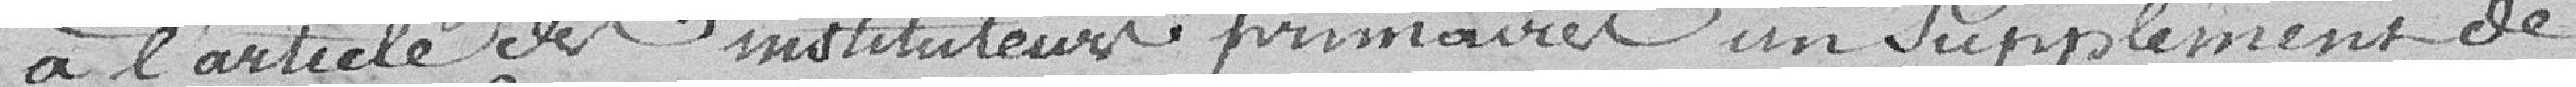
à l'article des instituteurs primaires un supplément de